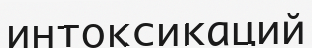
интоксикаций